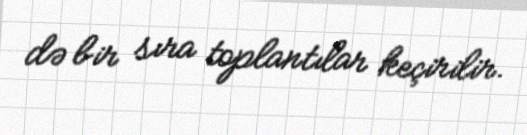
də bir sıra toplantılar keçirilir.